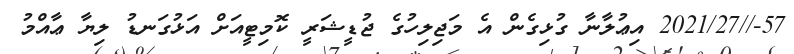
57-//2021/27 އިޢުލާނާ ގުޅިގެން އެ މަޖިލިހުގެ ޖުޑީޝަރީ ކޮމިޓީއަށް އަޅުގަނޑު ލިޔާ ޢާއްމު